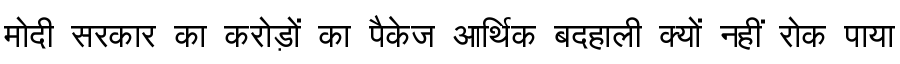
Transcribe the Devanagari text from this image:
मोदी सरकार का करोड़ों का पैकेज आर्थिक बदहाली क्यों नहीं रोक पाया